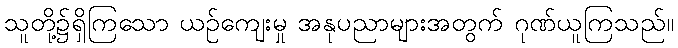
သူတို့၌ရှိကြသော ယဉ်ကျေးမှု အနုပညာများအတွက် ဂုဏ်ယူကြသည်။